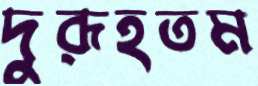
দুরূহতম